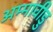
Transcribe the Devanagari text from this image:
अम्मावीडु